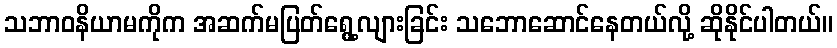
သဘာဝနိယာမကိုက အဆက်မပြတ်ရွေ့လျားခြင်း သဘောဆောင်နေတယ်လို့ ဆိုနိုင်ပါတယ်။